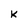
Character: k